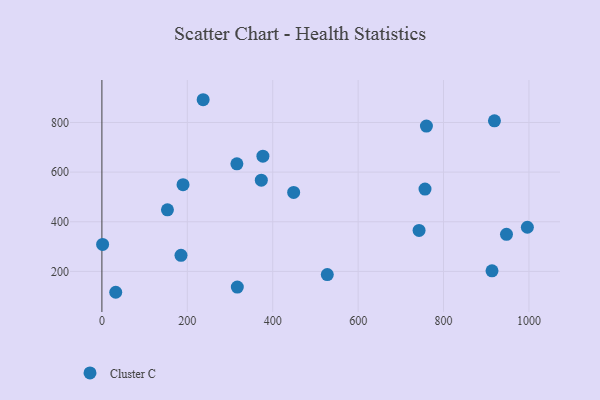
{"axis": {"x": "Engine Size", "y": "Profit"}, "legend": ["Cluster C"], "data": [{"x": "996.3", "y": 377.9, "type": "Cluster C"}, {"x": "373.3", "y": 567.5, "type": "Cluster C"}, {"x": "742.7", "y": 365.1, "type": "Cluster C"}, {"x": "237.1", "y": 891.6, "type": "Cluster C"}, {"x": "317.1", "y": 136.8, "type": "Cluster C"}, {"x": "1.7", "y": 308.9, "type": "Cluster C"}, {"x": "759.9", "y": 785.5, "type": "Cluster C"}, {"x": "756.6", "y": 531.8, "type": "Cluster C"}, {"x": "947.4", "y": 349.6, "type": "Cluster C"}, {"x": "190.0", "y": 549.4, "type": "Cluster C"}, {"x": "449.0", "y": 518.0, "type": "Cluster C"}, {"x": "919.2", "y": 806.5, "type": "Cluster C"}, {"x": "377.0", "y": 664.1, "type": "Cluster C"}, {"x": "316.1", "y": 633.5, "type": "Cluster C"}, {"x": "527.8", "y": 187.4, "type": "Cluster C"}, {"x": "153.5", "y": 448.0, "type": "Cluster C"}, {"x": "32.4", "y": 116.0, "type": "Cluster C"}, {"x": "185.2", "y": 264.7, "type": "Cluster C"}, {"x": "913.5", "y": 202.3, "type": "Cluster C"}]}